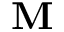
{ \bf M }